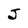
Character: J